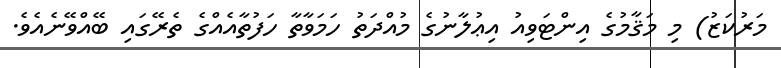
މަރުކަޒު) މި މަޤާމުގެ އިންޓަވިއު އިޢުލާނުގެ މުއްދަތު ހަމަވާތާ ހަފުތާއެއްގެ ތެރޭގައި ބޭއްވޭނެއެވެ.